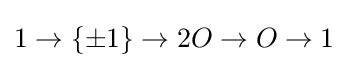
1\to \{\pm 1\}\to 2O\to O\to 1